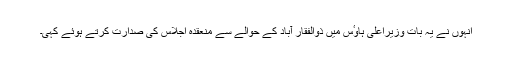
انہوں نے یہ بات وزیراعلیٰ ہاوٴس میں ذوالفقار آباد کے حوالے سے منعقدہ اجلاس کی صدارت کرتے ہوئے کہی۔